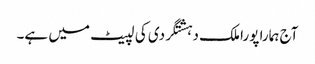
آج ہمارا پورا ملک دہشتگردی کی لپیٹ میں ہے۔